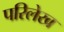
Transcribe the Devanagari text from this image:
परिलेख